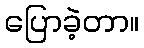
ပြောခဲ့တာ။